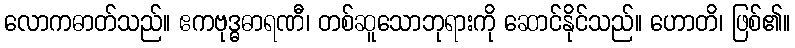
လောကဓာတ်သည်။ ဧကဗုဒ္ဓဓာရဏီ၊ တစ်ဆူသောဘုရားကို ဆောင်နိုင်သည်။ ဟောတိ၊ ဖြစ်၏။